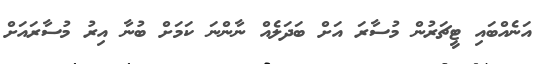
އަނެއްބައި ޓީޗަރުން މުސާރަ އަށް ބަދަލެއް ނާންނަ ކަމަށް ބުނާ އިރު މުސާރައަށް